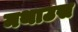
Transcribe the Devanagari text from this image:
मथाउस